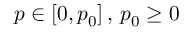
p \in \left[ 0 , p _ { 0 } \right] , \, p _ { 0 } \geq 0